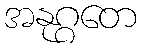
အနုဂ္ဂတေ